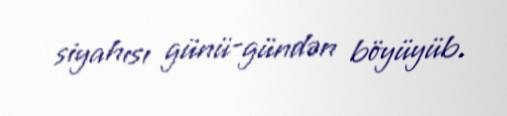
siyahısı günü-gündən böyüyüb.